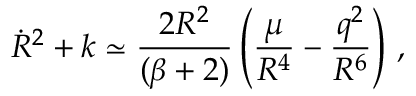
\dot { R } ^ { 2 } + k \simeq \frac { 2 R ^ { 2 } } { ( \beta + 2 ) } \left( \frac { \mu } { R ^ { 4 } } - \frac { q ^ { 2 } } { R ^ { 6 } } \right) \, ,